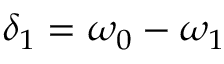
\delta _ { 1 } = \omega _ { 0 } - \omega _ { 1 }